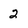
Character: 2